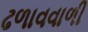
ઢળાવવાળી